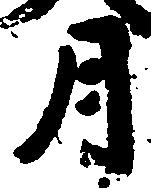
月